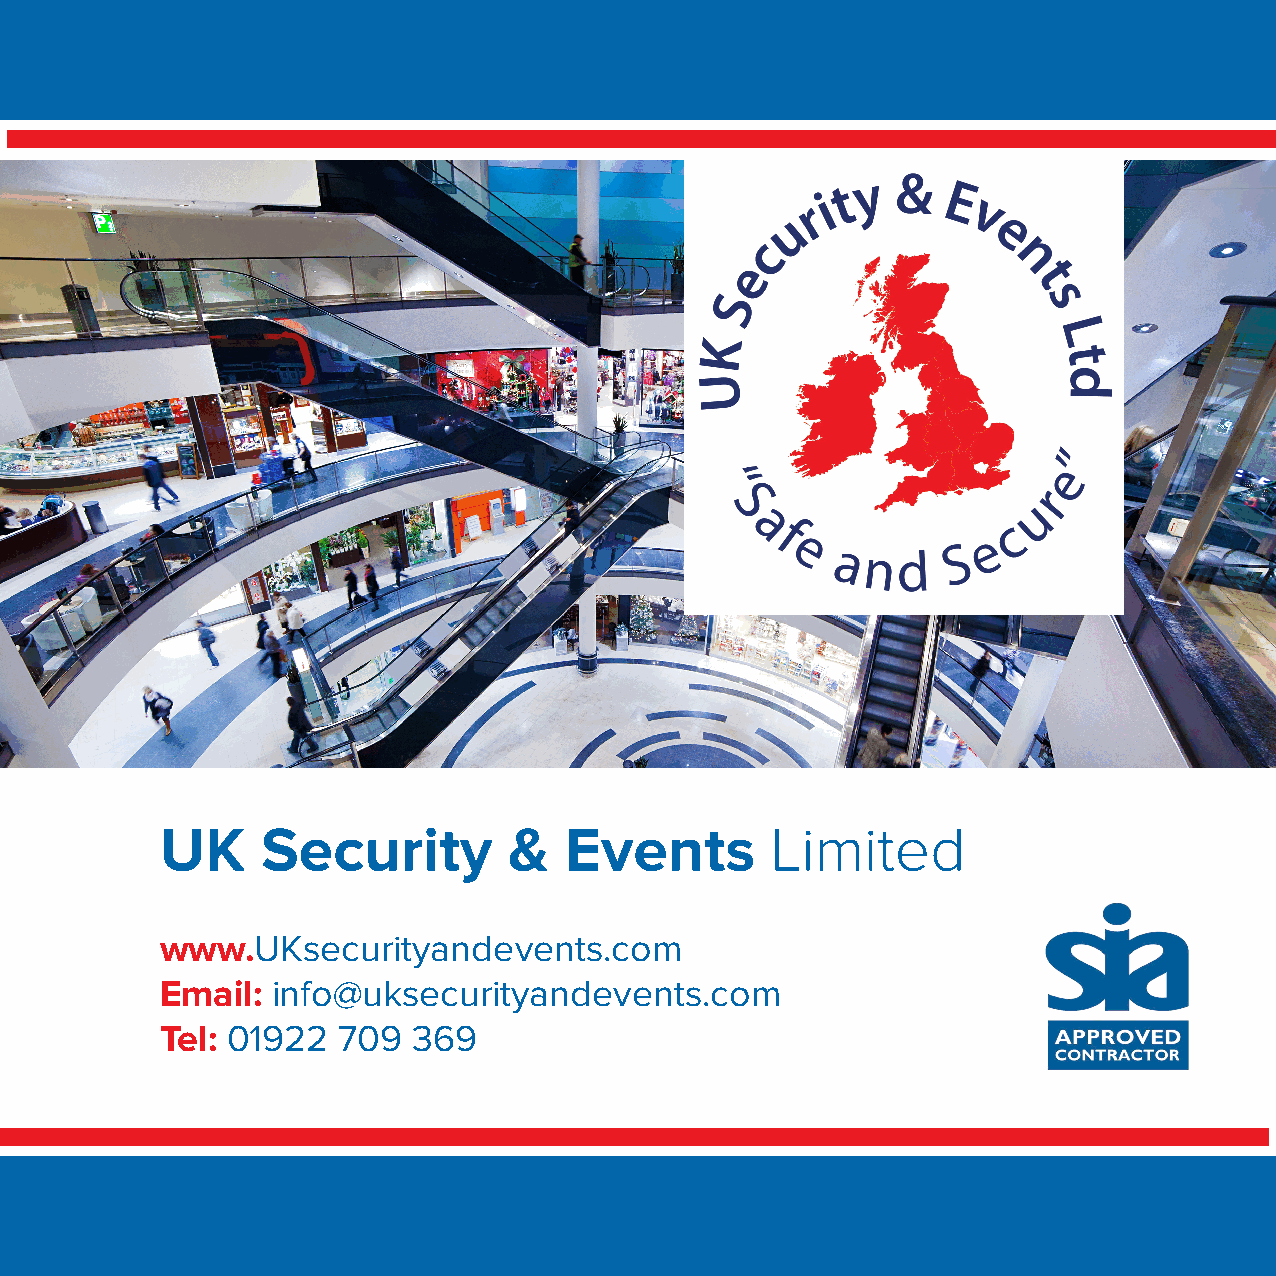
UK    Security         &  Events        Limited
 www.UKsecurityandevents.com
 Email: info@uksecurityandevents.com
 Tel: 01922 709  369